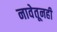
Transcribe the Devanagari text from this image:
नावेतूनही